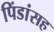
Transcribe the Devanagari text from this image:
पिंडांसह